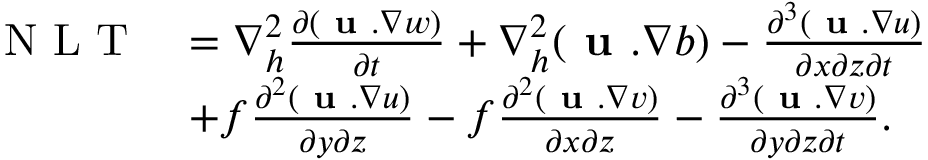
\begin{array} { r l } { \textnormal { N L T } } & { = \nabla _ { h } ^ { 2 } \frac { \partial ( \textbf { u } . \nabla w ) } { \partial t } + \nabla _ { h } ^ { 2 } ( \textbf { u } . \nabla b ) - \frac { \partial ^ { 3 } ( \textbf { u } . \nabla u ) } { \partial x \partial z \partial t } } \\ & { + f \frac { \partial ^ { 2 } ( \textbf { u } . \nabla u ) } { \partial y \partial z } - f \frac { \partial ^ { 2 } ( \textbf { u } . \nabla v ) } { \partial x \partial z } - \frac { \partial ^ { 3 } ( \textbf { u } . \nabla v ) } { \partial y \partial z \partial t } . } \end{array}